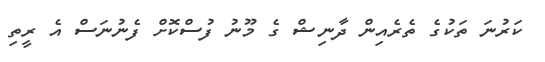
ކަރުނަ ތަކުގެ ތެރެއިން ދާނިޝް ގެ މޫނު ފުސްކޮށް ފެނުނަސް އެ ރީތި